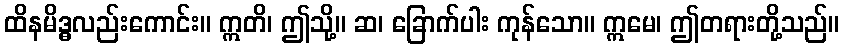
ထိနမိဒ္ဓလည်းကောင်း။ ဣတိ၊ ဤသို့။ ဆ၊ ခြောက်ပါး ကုန်သော။ ဣမေ၊ ဤတရားတို့သည်။